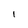
Character: 1